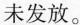
未发放。